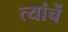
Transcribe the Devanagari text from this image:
त्यांचेेें